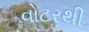
વોટરથી